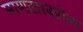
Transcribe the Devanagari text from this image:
माणसाबरोबर